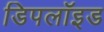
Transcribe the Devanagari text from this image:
डिपलॉइड